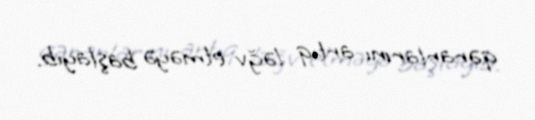
qərarlarını artıq ləğv etməyə başlayıb.